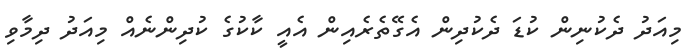
މިއަދު ދެކުނިން ކުޑަ ދެކުދިން އެގޭތެރެއިން އެއީ ކާކުގެ ކުދިންނެއް މިއަދު ދިމާވި